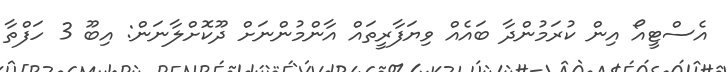
އެސްޓީއޯ އިން ކުރަމުންދާ ބައެއް ވިޔަފާރީތައް އާންމުންނަށް ދޫކޮށްލާނަން: އިބޫ 3 ހަފްތާ